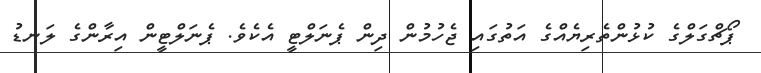
ޕޯޗްގަލްގެ ކުޅުންތެރިޔެއްގެ އަތުގައި ޖެހުމުން ދިން ޕެނަލްޓީ އެކެެވެ. ޕެނަލްޓީން އިރާންގެ ލަނޑު